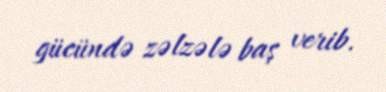
gücündə zəlzələ baş verib.